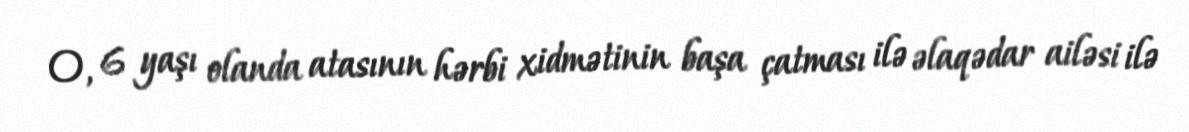
O, 6 yaşı olanda atasının hərbi xidmətinin başa çatması ilə əlaqədar ailəsi ilə